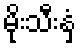
မိုးသီးနှံ